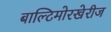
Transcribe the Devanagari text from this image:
बाल्टिमोरखेरीज